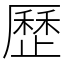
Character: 歷